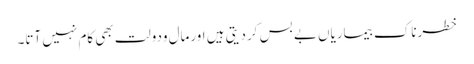
خطرناک بیماریاں بے بس کردیتی ہیں اورمال ودولت بھی کام نہیں آتا۔